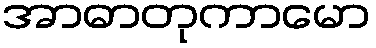
အာဓာတုကာမော